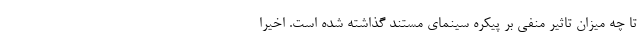
تا چه میزان تاثیر منفی بر پیکره سینمای مستند گذاشته شده است. اخیرا